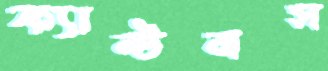
ফ্যান্টমস